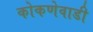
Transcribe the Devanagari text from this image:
कोकणेवाडी